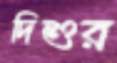
দিশুর